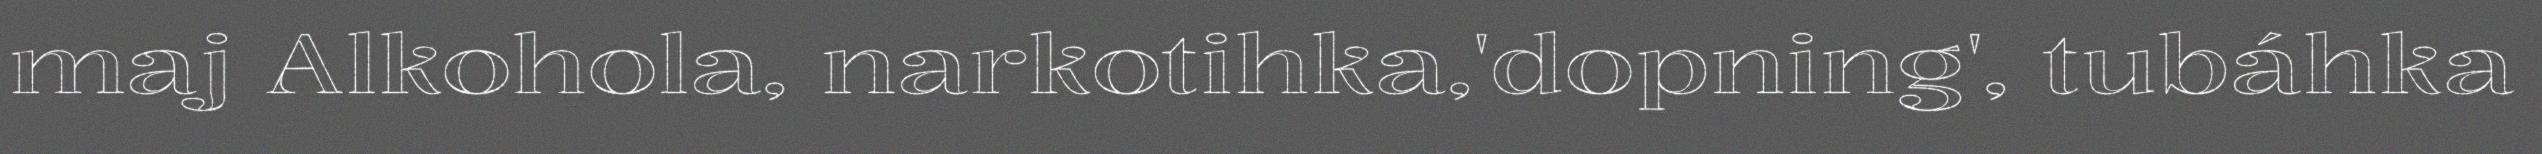
maj Alkohola, narkotihka,'dopning', tubáhka